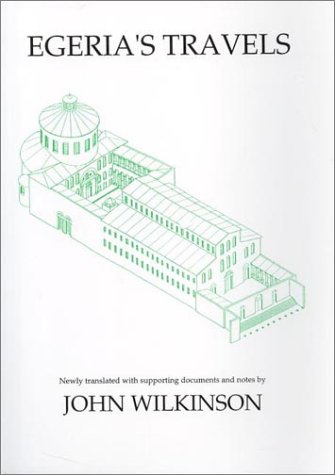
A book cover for Egeria's Travels; John Wilkinson; Literature & Fiction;